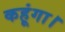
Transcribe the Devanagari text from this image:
कहूंगा।